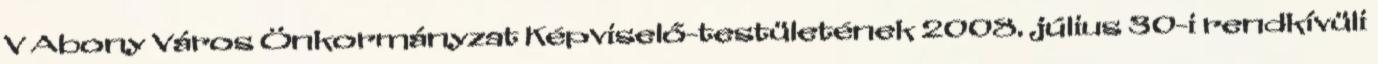
V Abony Város Önkormányzat Képviselő-testületének 2008. július 30-i rendkívüli